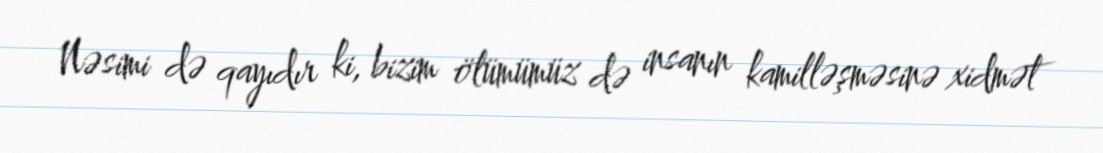
Nəsimi də qayıdır ki, bizim ölümümüz də insanın kamilləşməsinə xidmət